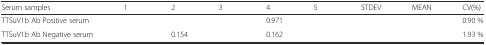
<table><thead><tr><td><b>Serum samples</b></td><td><b>1</b></td><td><b>2</b></td><td><b>3</b></td><td><b>4</b></td><td><b>5</b></td><td><b>STDEV</b></td><td><b>MEAN</b></td><td><b>CV(%)</b></td></tr></thead><tbody><tr><td>TTSuV1b Ab Positive serum</td><td>[EMPTY_CELL]</td><td>[EMPTY_CELL]</td><td>[EMPTY_CELL]</td><td>0.971</td><td>[EMPTY_CELL]</td><td>[EMPTY_CELL]</td><td>[EMPTY_CELL]</td><td>0.90 %</td></tr><tr><td>TTSuV1b Ab Negative serum</td><td>[EMPTY_CELL]</td><td>0.154</td><td>[EMPTY_CELL]</td><td>0.162</td><td>[EMPTY_CELL]</td><td>[EMPTY_CELL]</td><td>[EMPTY_CELL]</td><td>1.93 %</td></tr></tbody></table>